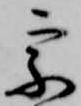
宗